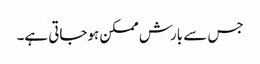
جس سے بارش ممکن ہوجاتی ہے۔